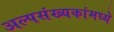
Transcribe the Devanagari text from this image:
अल्पसंख्यकांमध्ये